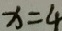
x = 4